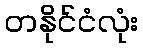
တနိုင်ငံလုံး